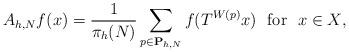
LaTeX: \begin{align*} A_{h, N}f(x)=\frac{1}{\pi_h(N)}\sum_{p\in\mathbf{P}_{h, N}}f(T^{W(p)}x) \ \ \mbox{for \ $x\in X$},\end{align*}